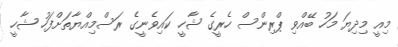
މިއީ މިދިޔަ މަހު ބޭއްވި ޕްރިންސް ހެރީގެ ޝާހީ ކައިވެނީގެ ރަސްމިއްޔާތަށްފަހު ޝާހީ